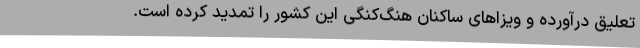
تعلیق درآورده و ویزاهای ساکنان هنگ‌کنگی این کشور را تمدید کرده است.